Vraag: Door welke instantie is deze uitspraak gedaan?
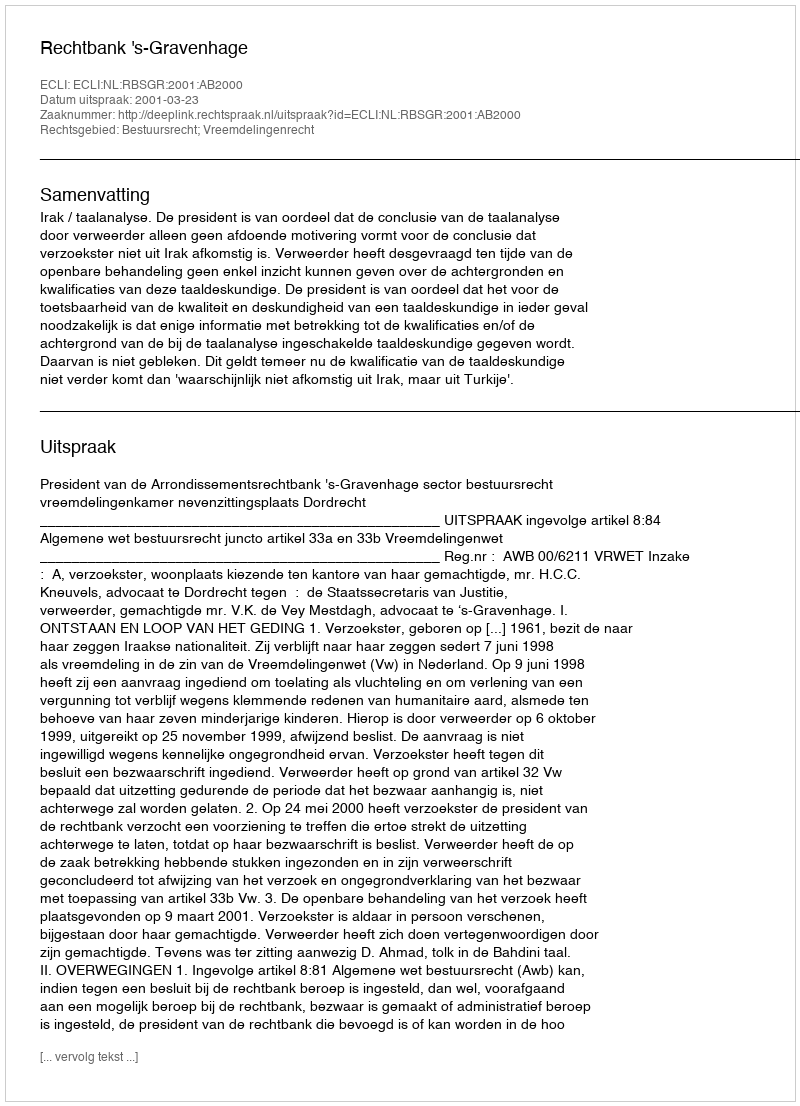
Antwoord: Rechtbank 's-Gravenhage